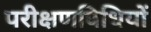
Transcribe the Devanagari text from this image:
परीक्षणविधियों